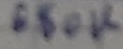
Text: 680K